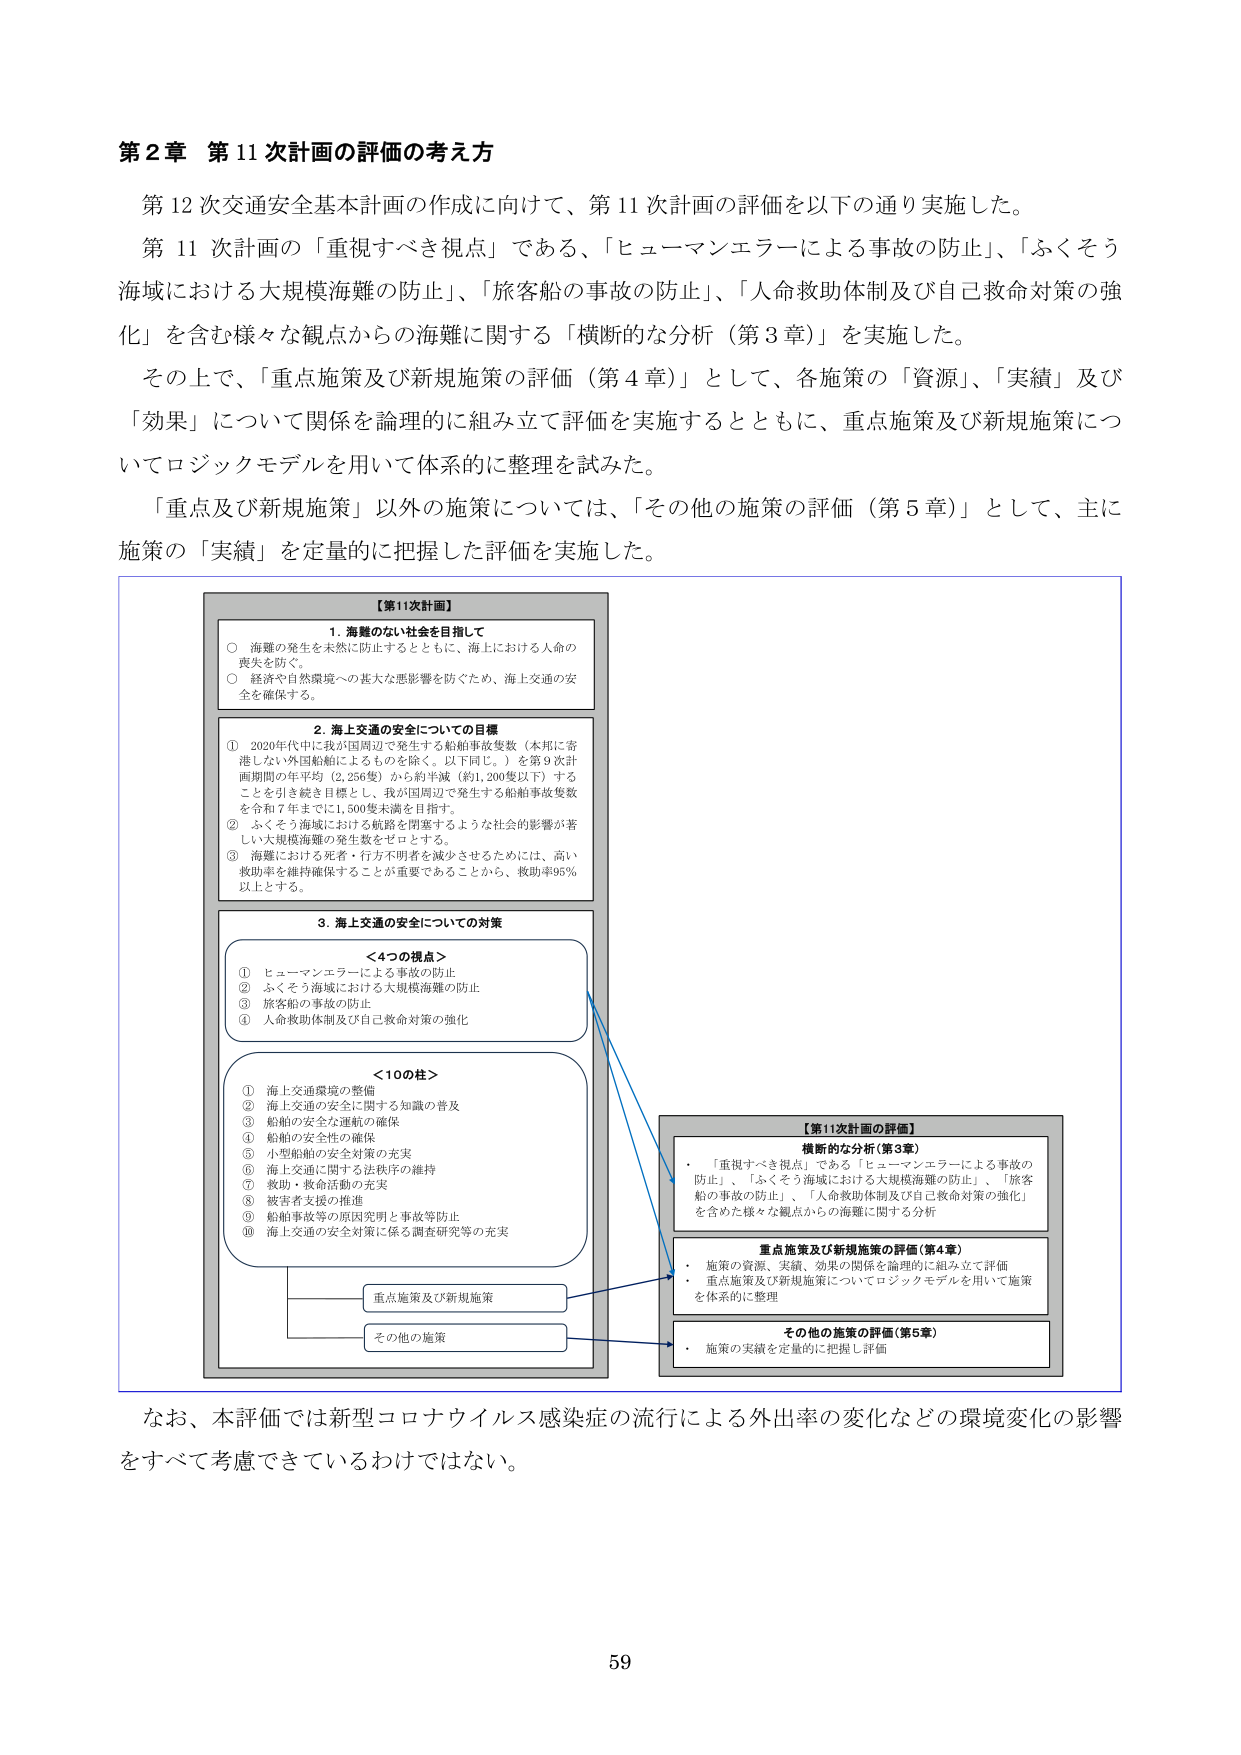
第2章 第11次計画の評価の考え方

第12次交通安全基本計画の作成に向けて、第11次計画の評価を以下の通り実施した。
第11次計画の「重視すべき視点」である、「ヒューマンエラーによる事故の防止」、「ふくそう海域における大規模海難の防止」、「旅客船の事故の防止」、「人命救助体制及び自己救命対策の強化」を含む様々な観点からの海難に関する「横断的な分析（第3章）」を実施した。
その上で、「重点施策及び新規施策の評価（第4章）」として、各施策の「資源」、「実績」及び「効果」について関係を論理的に組み立て評価を実施するとともに、重点施策及び新規施策についてロジックモデルを用いて体系的に整理を試みた。
「重点及び新規施策」以外の施策については、「その他の施策の評価（第5章）」として、主に施策の「実績」を定量的に把握した評価を実施した。

【第11次計画】
1. 海難のない社会を目指して
○ 海難の発生を未然に防止するとともに、海上における人命の喪失を防ぐ。
○ 経済や自然環境への甚大な悪影響を防ぐため、海上交通の安全を確保する。

2. 海上交通の安全についての目標
① 2020年代中に我が国周辺で発生する船舶事故隻数（本邦に寄港しない外国船舶によるものを除く。以下同じ。）を第9次計画期間の年平均（2,256隻）から約半減（約1,200隻以下）することを引き続き目標とし、我が国周辺で発生する船舶事故隻数を令和7年までに1,500隻未満を目指す。
② ふくそう海域における航路を閉塞するような社会的影響が著しい大規模海難の発生数をゼロとする。
③ 海難における死者・行方不明者を減少させるためには、高い救助率を維持確保することが重要であることから、救助率95％以上とする。

3. 海上交通の安全についての対策
＜4つの視点＞
① ヒューマンエラーによる事故の防止
② ふくそう海域における大規模海難の防止
③ 旅客船の事故の防止
④ 人命救助体制及び自己救命対策の強化

＜10の柱＞
① 海上交通環境の整備
② 海上交通の安全に関する知識の普及
③ 船舶の安全な運航の確保
④ 船舶の安全性の確保
⑤ 小型船舶の安全対策の充実
⑥ 海上交通に関する法秩序の維持
⑦ 救助・救命活動の充実
⑧ 被害者支援の推進
⑨ 船舶事故等の原因究明と事故等防止
⑩ 海上交通の安全対策に係る調査研究等の充実

重点施策及び新規施策
その他の施策

【第11次計画の評価】
横断的な分析（第3章）
・「重視すべき視点」である「ヒューマンエラーによる事故の防止」、「ふくそう海域における大規模海難の防止」、「旅客船の事故の防止」、「人命救助体制及び自己救命対策の強化」を含めた様々な観点からの海難に関する分析

重点施策及び新規施策の評価（第4章）
・施策の資源、実績、効果の関係を論理的に組み立てて評価
・重点施策及び新規施策についてロジックモデルを用いて施策を体系的に整理

その他の施策の評価（第5章）
・施策の実績を定量的に把握し評価

なお、本評価では新型コロナウイルス感染症の流行による外出率の変化などの環境変化の影響をすべて考慮できているわけではない。

59